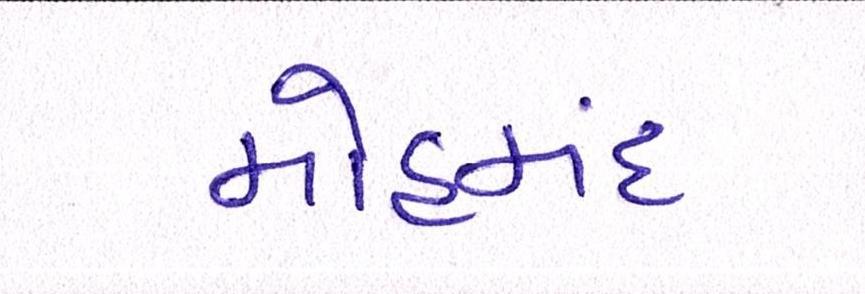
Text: મોહમંદ